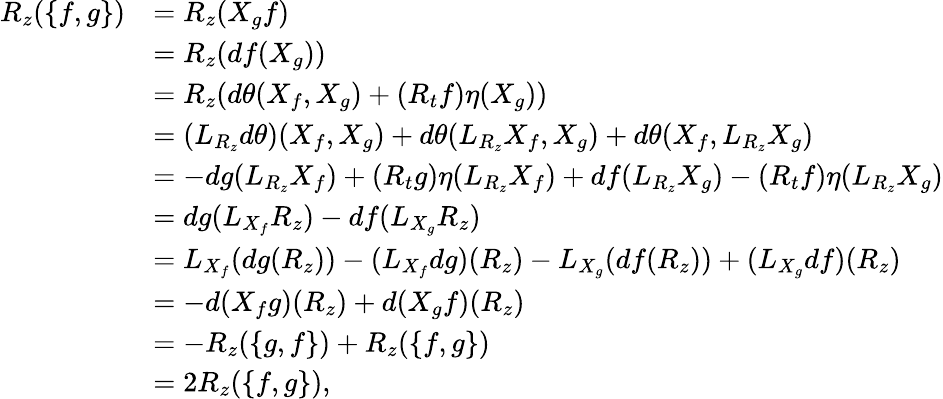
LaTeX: \begin{array}{rl}{R_{z}(\lbrace f,g\rbrace)}&{=R_{z}(X_{g}f)}\\ &{=R_{z}(df(X_{g}))}\\ &{=R_{z}(d\theta(X_{f},X_{g})+(R_{t}f)\eta(X_{g}))}\\ &{=(L_{R_{z}}d\theta)(X_{f},X_{g})+d\theta(L_{R_{z}}X_{f},X_{g})+d\theta(X_{f},L_{R_{z}}X_{g})}\\ &{=-dg(L_{R_{z}}X_{f})+(R_{t}g)\eta(L_{R_{z}}X_{f})+df(L_{R_{z}}X_{g})-(R_{t}f)\eta(L_{R_{z}}X_{g})}\\ &{=dg(L_{X_{f}}R_{z})-df(L_{X_{g}}R_{z})}\\ &{=L_{X_{f}}(dg(R_{z}))-(L_{X_{f}}dg)(R_{z})-L_{X_{g}}(df(R_{z}))+(L_{X_{g}}df)(R_{z})}\\ &{=-d(X_{f}g)(R_{z})+d(X_{g}f)(R_{z})}\\ &{=-R_{z}(\lbrace g,f\rbrace)+R_{z}(\lbrace f,g\rbrace)}\\ &{=2R_{z}(\lbrace f,g\rbrace),}\end{array}